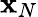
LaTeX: \mathbf{x}_{N}